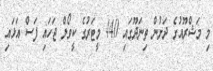
މި މަޝްރޫއުގެ ދަށުން ތިނަދޫގައި 440 މީޓަރުގެ ކީވޯލް ޖަހައި ފަސް އަޅައި